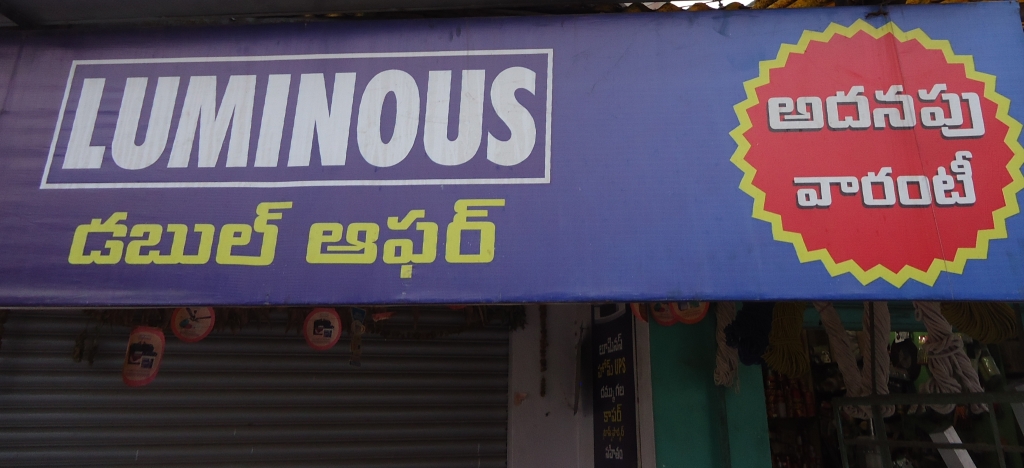
Language: telugu
Transcription: వారంటీ డబుల్ అదనపు